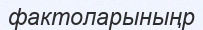
фактоларыныңр